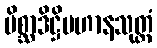
မိစ္ဆာဒိဋ္ဌိပဟာနသုတ္တံ